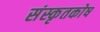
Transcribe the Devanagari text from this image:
संस्कृतकाेष